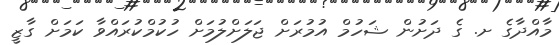
މާއްދާގެ ށ. ގެ ދަށުން ޝަހުމް އުމުރަށް ޖަލަށްލުމަށް ހުކުމްކުރައްވާ ކަމަށް ގާޒީ